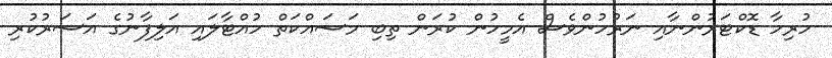
ހުރިހާ ޑޮކްޓަރުންނާއި ނަރުހުންވެސް އެމީހުން ކުރަން ތިބި މަސައްކަތް ހުއްޓާލައި އަލިފާނުގެ އަސަރުކުރި